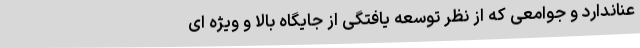
عناندارد و جوامعی که از نظر توسعه یافتگی از جایگاه بالا و ویژه ای